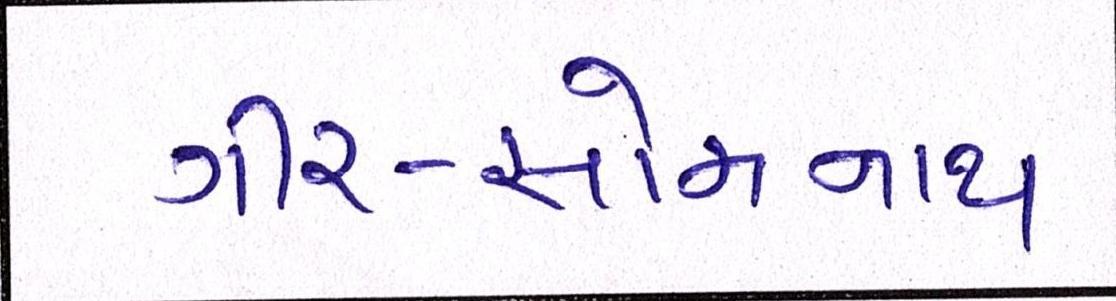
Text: ગીર-સોમનાથ